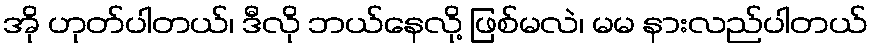
အို ဟုတ်ပါတယ်၊ ဒီလို ဘယ်နေလို့ ဖြစ်မလဲ၊ မမ နားလည်ပါတယ်